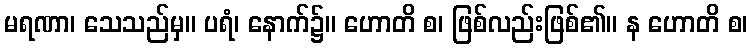
မရဏာ၊ သေသည်မှ။ ပရံ၊ နောက်၌။ ဟောတိ စ၊ ဖြစ်လည်းဖြစ်၏။ န ဟောတိ စ၊